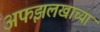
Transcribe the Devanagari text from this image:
अफझलखाच्या